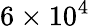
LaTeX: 6\times 10^{4}